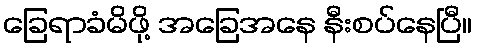
ခြေရာခံမိဖို့ အခြေအနေ နီးစပ်နေပြီ။